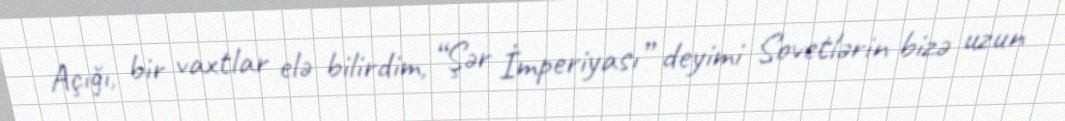
Açığı, bir vaxtlar elə bilirdim, “Şər İmperiyası” deyimi Sovetlərin bizə uzun